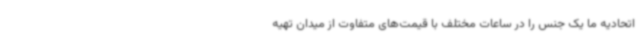
اتحادیه ما یک جنس را در ساعات مختلف با قیمت‌های متفاوت از میدان تهیه